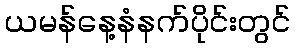
ယမန်နေ့နံနက်ပိုင်းတွင်